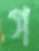
গ